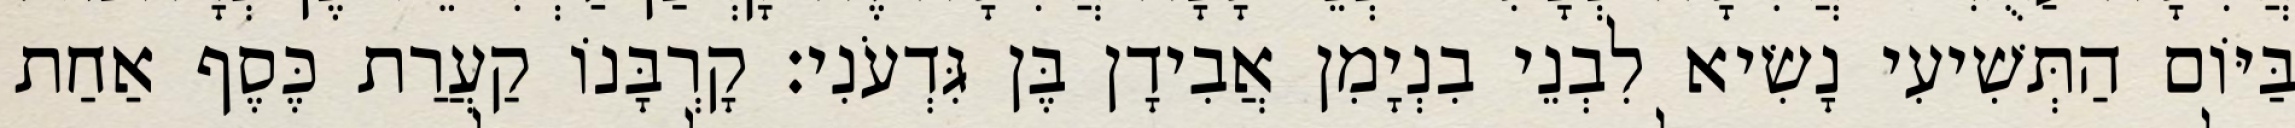
בַּיּוֹם הַתְּשִׁיעִי נָשִׂיא לִבְנֵי בִנְיָמִן אֲבִידָן בֶּן גִּדְעֹנִי׃ קָרְבָּנוֹ קַעֲרַת כֶּסֶף אַחַת